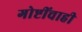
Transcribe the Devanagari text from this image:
गोष्टींचाही